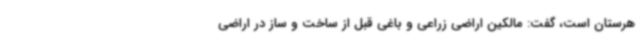
هرستان است، گفت: مالکین اراضی زراعی و باغی قبل از ساخت و ساز در اراضی